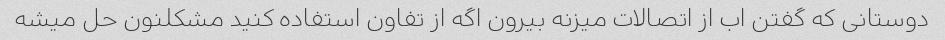
دوستانی که گفتن اب از اتصالات میزنه بیرون اگه از تفاون استفاده کنید مشکلنون حل میشه